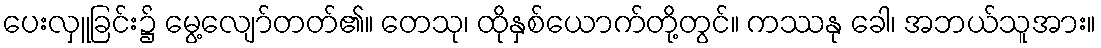
ပေးလှူခြင်း၌ မွေ့လျော်တတ်၏။ တေသု၊ ထိုနှစ်ယောက်တို့တွင်။ ကဿနု ခေါ၊ အဘယ်သူအား။